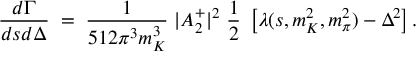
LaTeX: \frac { d \Gamma } { d s d \Delta } \; = \; \frac { 1 } { 5 1 2 \pi ^ { 3 } m _ { K } ^ { 3 } } \; | A _ { 2 } ^ { + } | ^ { 2 } \; \frac { 1 } { 2 } \; \left[ \lambda ( s , m _ { K } ^ { 2 } , m _ { \pi } ^ { 2 } ) - \Delta ^ { 2 } \right] .